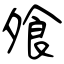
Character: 飧